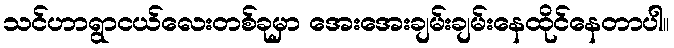
သင်ဟာရွာငယ်လေးတစ်ခုမှာ အေးအေးချမ်းချမ်းနေထိုင်နေတာပါ။